NAE_ERA_R-2362_Emakeele_Selts, lk 56
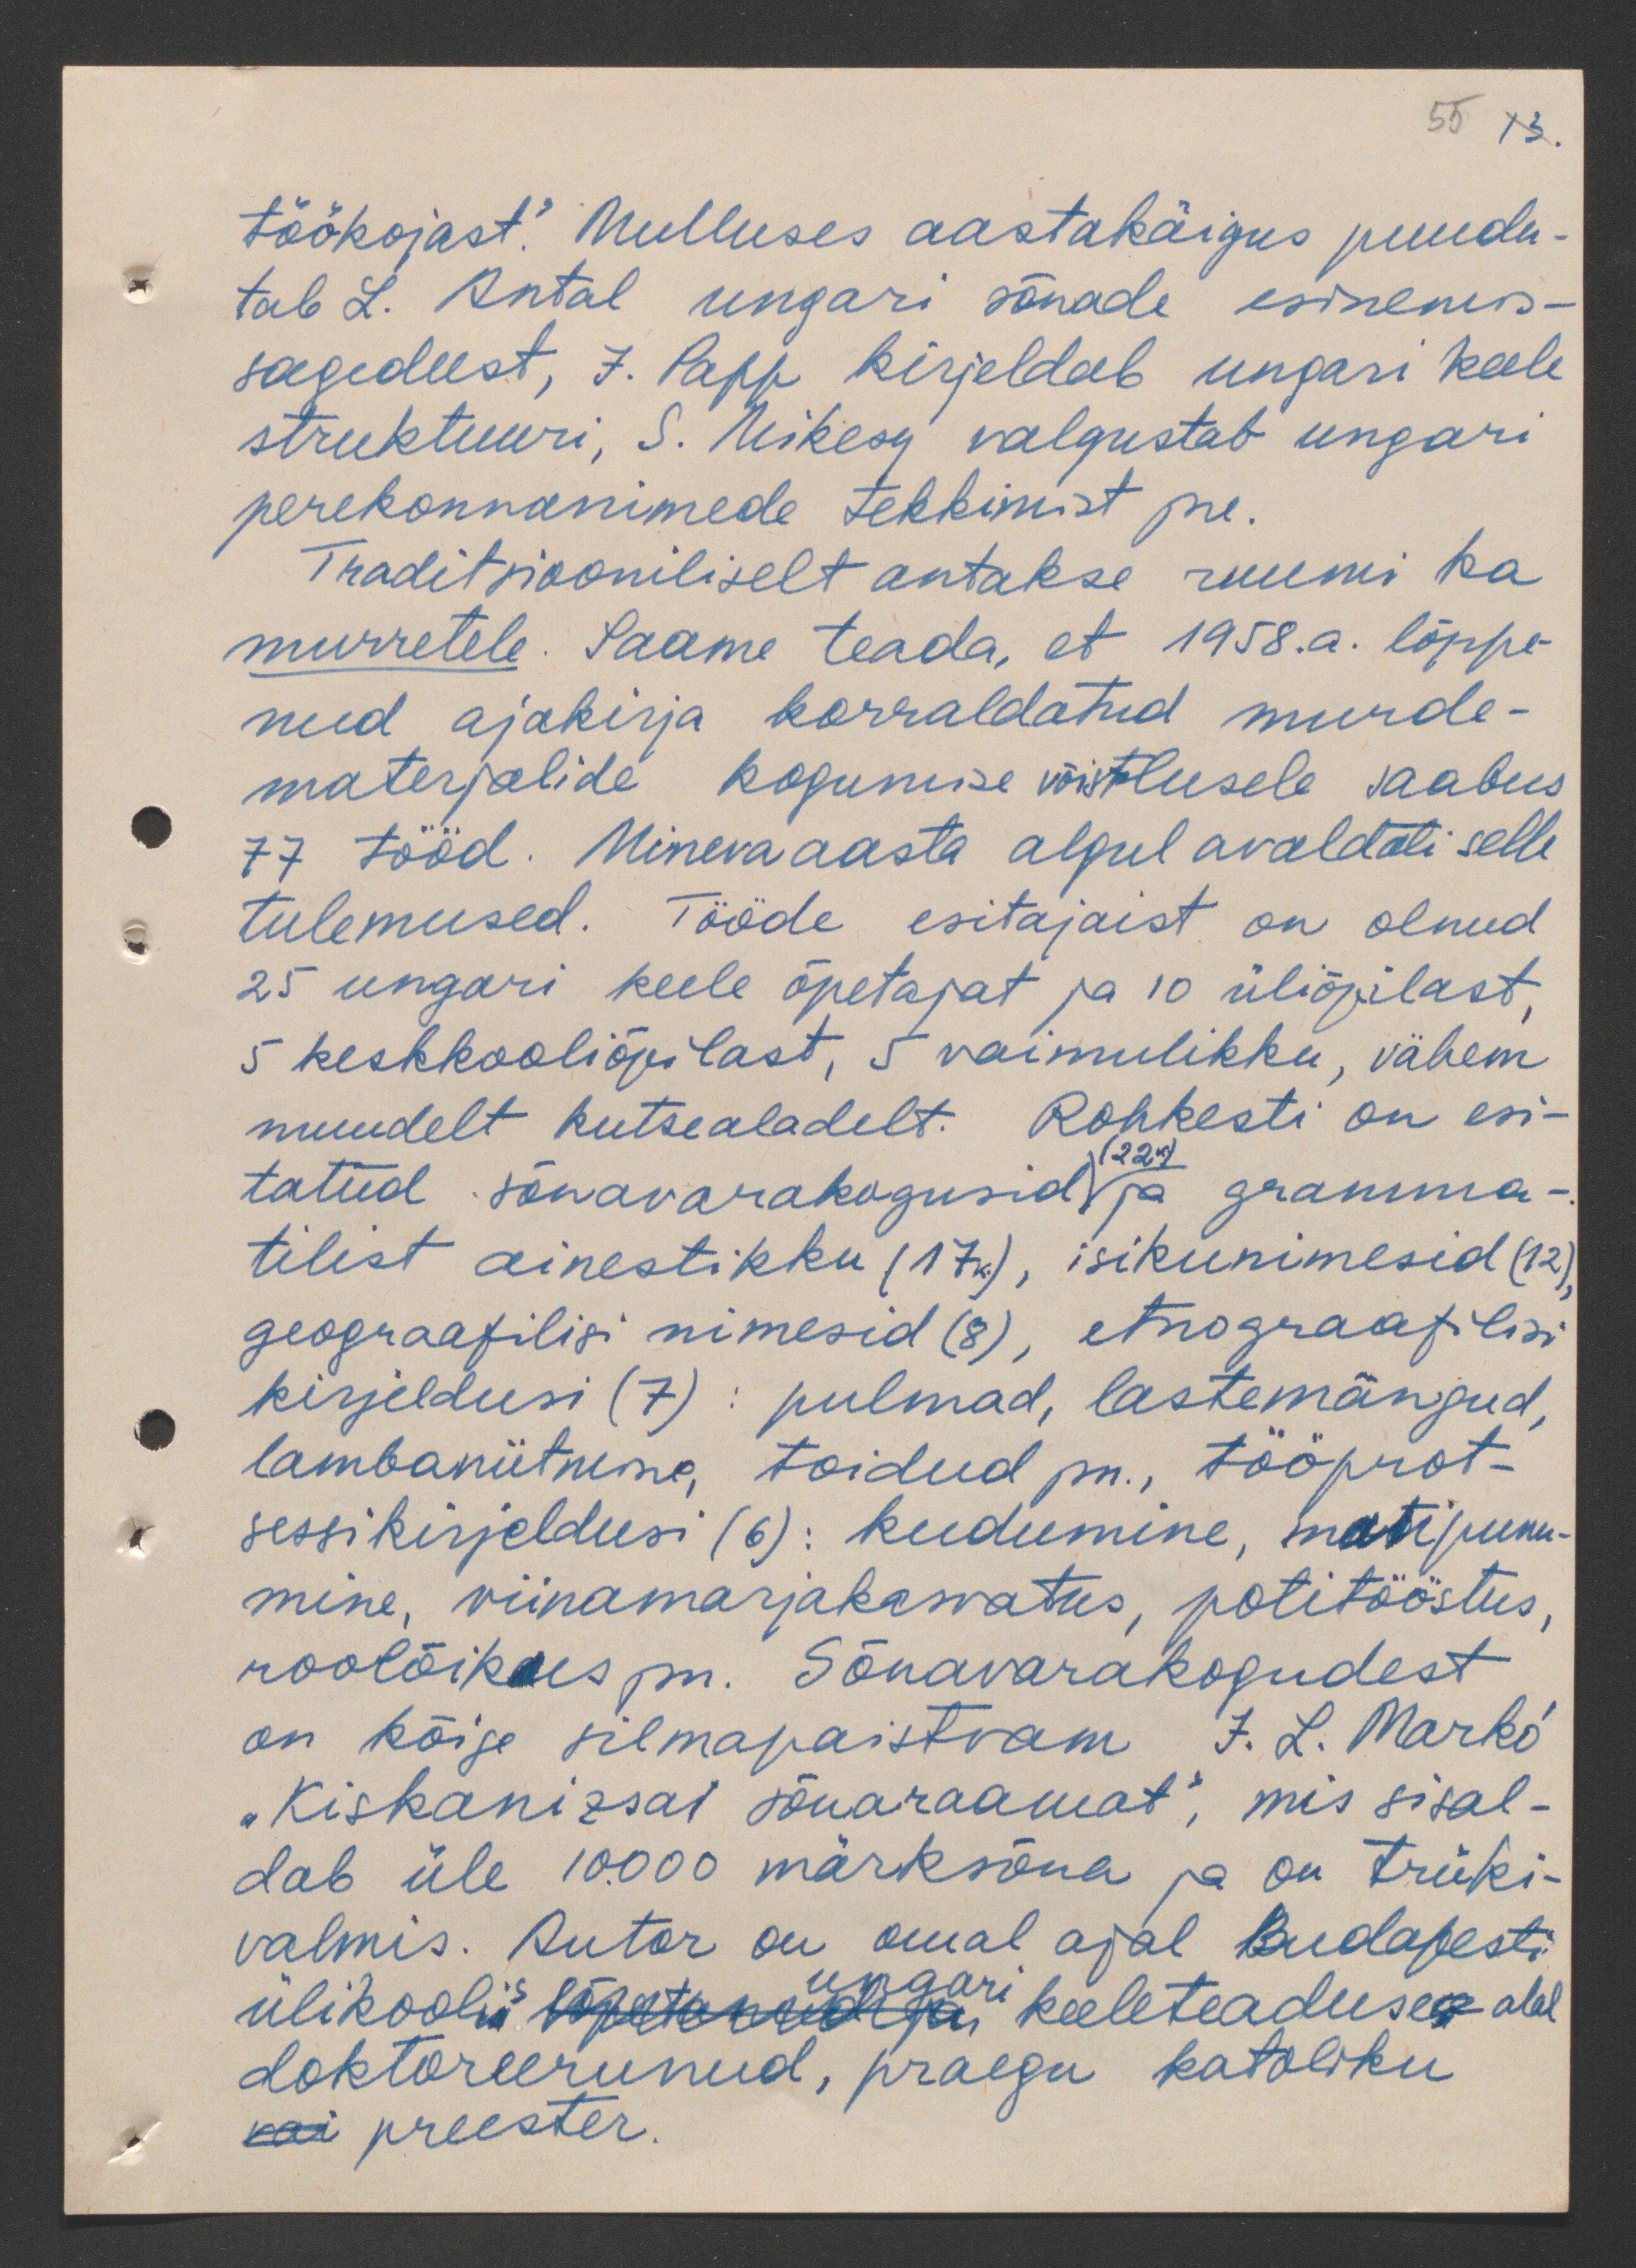
55 13.

töökojast". Mulluses aastakäigus puudu-
tab L. Antal ungari sõnade esinemis-
sagedust, J. Papp kirjeldab ungari keele
struktuuri, S. Mikesy valgustab ungari
perekonnanimede tekkimist jne.
Traditsiooniliselt antakse ruumi ka
murretele. Saame teada, et 1958.a. lõppe-
nud ajakirja korraldatud murde-
materjalide kogumise võistlusele saabus
77 tööd. Mineva aasta algul avaldati selle
tulemused. Tööde esitajaist on olnud
25 ungari keele õpetajat ja 10 üliõpilast,
5 keskkooliõpilast, 5 vaimulikku, vähem
muudelt kutsealadelt. Rohkesti on esi-
(22k.)
tatud sõnavarakogusid ja gramma-
tilist ainestikku (17), isikunimesid (12);
geograafilisi nimesid (8), etnograafilisi
kirjeldusi (7) pulmad, lastemängud,
lambaniitmine, toidud jm., tööprot-
sessikirjeldusi (6): kudumine, matipunu-
mine, viinamarjakasvatus, potitööstus,
roolõikus jm. Sõnavarakogudest
on kõige silmapaistvam J. L. Marko
"Kiskanizsai sõnaraamat", mis sisal-
dab üle 10000 märksõna ja on trüki-
valmis. Autor on omal ajal Budapesti
ülikoolis ungari keeleteaduse alal
doktoreerunud, praegu katoliku
preester.